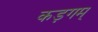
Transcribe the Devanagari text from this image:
कड़गम्‌